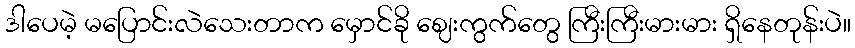
ဒါပေမဲ့ မပြောင်းလဲသေးတာက မှောင်ခို ဈေးကွက်တွေ ကြီးကြီးမားမား ရှိနေတုန်းပဲ။